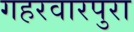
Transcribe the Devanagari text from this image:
गहरवारपुरा